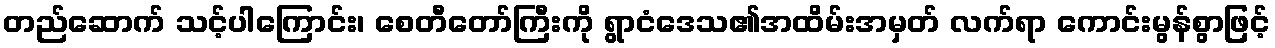
တည်ဆောက် သင့်ပါကြောင်း၊ စေတီတော်ကြီးကို ရွာငံဒေသ၏အထိမ်းအမှတ် လက်ရာ ကောင်းမွန်စွာဖြင့်